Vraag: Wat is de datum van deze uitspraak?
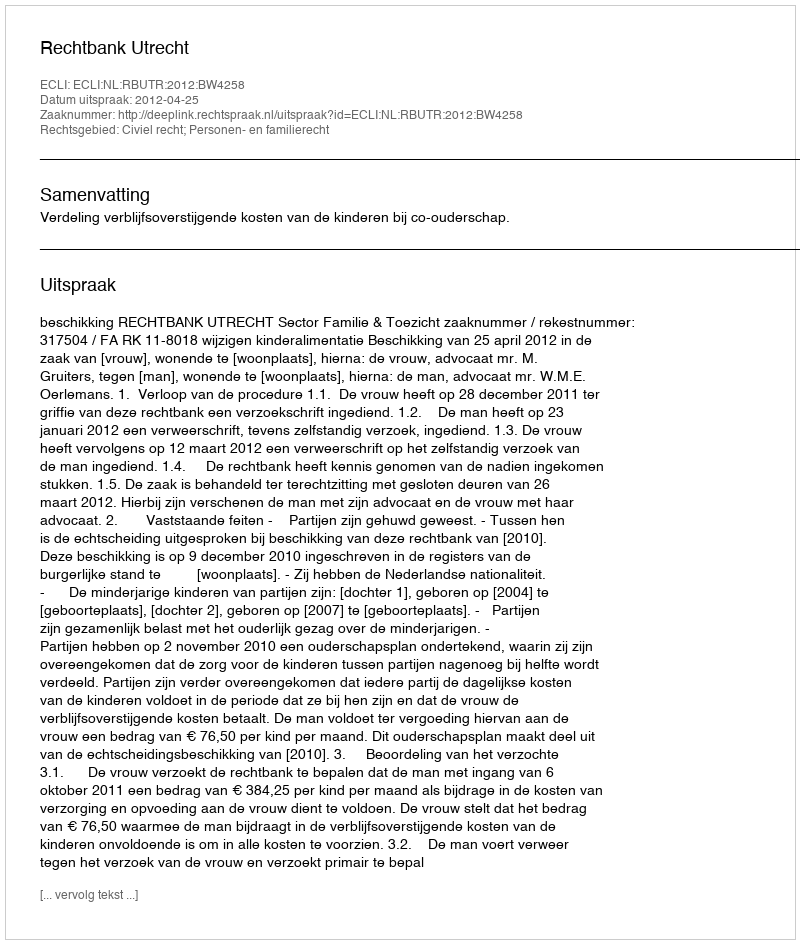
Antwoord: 2012-04-25